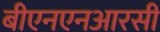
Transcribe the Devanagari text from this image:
बीएनएनआरसी